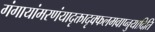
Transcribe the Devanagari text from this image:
गंगायांमरणंयादृक्तादृक्फलमवाप्नुयादिति